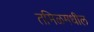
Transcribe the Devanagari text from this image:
तमिळमधील